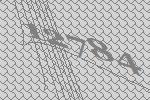
12784